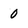
Character: 0